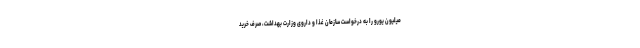
میلیون یورو را به درخواست سازمان غذا و داروی وزارت بهداشت، صرف خرید